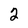
Character: 2